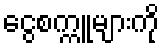
ငွေစက္ကူများကို